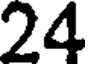
24